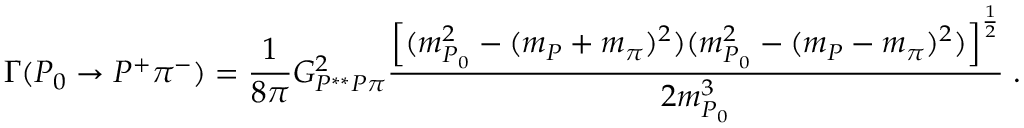
\Gamma ( P _ { 0 } \to P ^ { + } \pi ^ { - } ) = \frac { 1 } { 8 \pi } G _ { P ^ { * * } P \pi } ^ { 2 } \frac { \left[ ( m _ { P _ { 0 } } ^ { 2 } - ( m _ { P } + m _ { \pi } ) ^ { 2 } ) ( m _ { P _ { 0 } } ^ { 2 } - ( m _ { P } - m _ { \pi } ) ^ { 2 } ) \right] ^ { \frac { 1 } { 2 } } } { 2 m _ { P _ { 0 } } ^ { 3 } } \; .